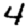
Digit: 4